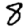
Digit: 8